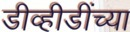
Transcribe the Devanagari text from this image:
डीव्हीडींच्या